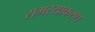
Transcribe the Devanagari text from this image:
समस्याकरण